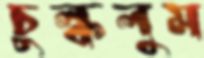
চুল্‌কলুম